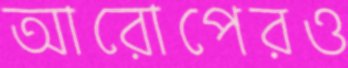
আরোপেরও